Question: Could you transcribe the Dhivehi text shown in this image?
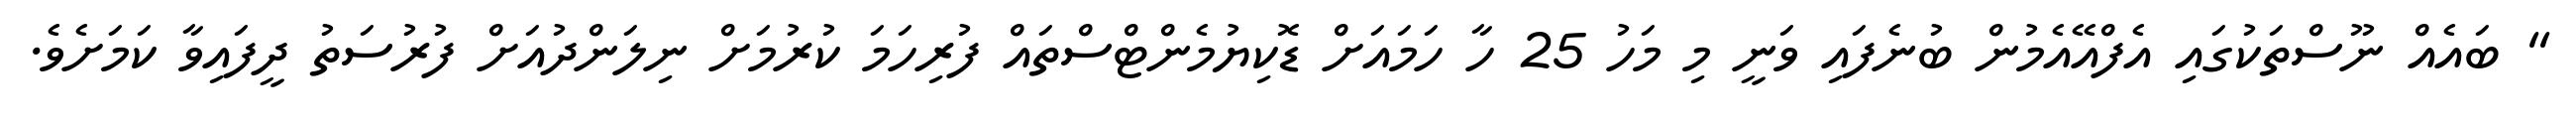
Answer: " ބައެއް ނޫސްތަކުގައި އެފްއޭއެމުން ބުނެފައި ވަނީ މި މަހު 25 ހާ ހަމައަށް ޑޮކިޔުމެންޓްސްތައް ފުރިހަމަ ކުރުމަށް ނިލަންދުއަށް ފުރުސަތު ދީފައިވާ ކަމަށެވެ.